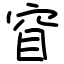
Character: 窅